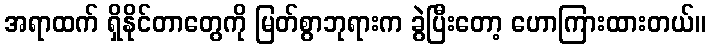
အရာထက် ရှိနိုင်တာတွေကို မြတ်စွာဘုရားက ခွဲပြီးတော့ ဟောကြားထားတယ်။